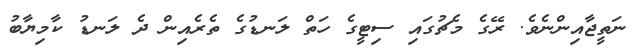
ނަތީޖާއިންނެވެ. ރޭގެ މެޗުގައި ސިޓީގެ ހަތް ލަނޑުގެ ތެރެއިން ދެ ލަނޑު ކާމިޔާބު